Rangoon Lunatic Asylum 1878-1892 - 1878-1892
Year: 1878
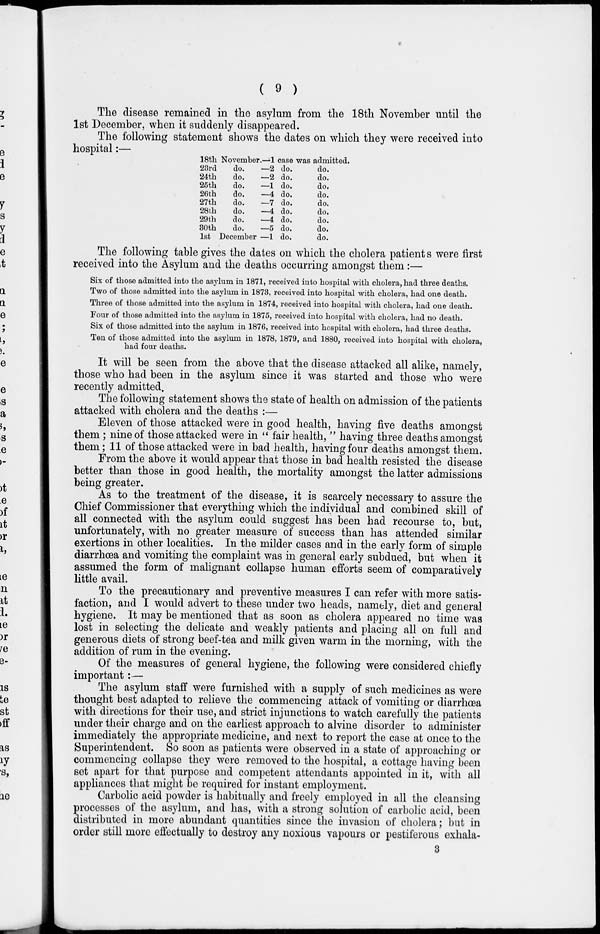
( 9 )
The disease remained in the asylum from the 18th November until the
1st December, when it suddenly disappeared.
The following statement shows the dates on which they were received into
hospital:—
18th November.
23rd
24th
25th
26th
27th
28th
29th
30th
do.
do.
do.
do.
do.
do.
do.
do.
1st December
—1 case was
—2 do.
—2 do.
—1 do.
—4 do.
—7 do.
—4 do.
—4 do.
—5 do.
—1 do.
admitted.
do.
do.
do.
do.
do.
do.
do.
do.
do.
The following table gives the dates on which the cholera patients were first
received into the Asylum and the deaths occurring amongst them:—
Six of those admitted into the asylum in 1871, received into hospital with cholera, had three deaths.
Two of those admitted into the asylum in 1873, received into hospital with cholera, had one death.
Three of those admitted into the asylum in 1874, received into hospital with cholera, had one death.
Four of those admitted into the asylum in 1875, received into hospital with cholera, had no death.
Six of those admitted into the asylum in 1876, received into hospital with cholera, had three deaths.
Ten of those admitted into the asylum in 1878, 1879, and 1880, received into hospital with cholera,
had four deaths.
It will be seen from the above that the disease attacked all alike, namely,
those who had been in the asylum since it was started and those who were
recently admitted.
The following statement shows the state of health on admission of the patients
attacked with cholera and the deaths :—
Eleven of those attacked were in good health, having five deaths amongst
them ; nine of those attacked were in " fair health, " having three deaths amongst
them; 11 of those attacked were in bad health, having four deaths amongst them.
From the above it would appear that those in bad health resisted the disease
better than those in good health, the mortality amongst the latter admissions
being greater.
As to the treatment of the disease, it is scarcely necessary to assure the
Chief Commissioner that everything which the individual and combined skill of
all connected with the asylum could suggest has been had recourse to, but,
unfortunately, with no greater measure of success than has attended similar
exertions in other localities. In the milder cases and in the early form of simple
diarrhœa and vomiting the complaint was in general early subdued, but when it
assumed the form of malignant collapse human efforts seem of comparatively
little avail.
To the precautionary and preventive measures I can refer with more satis-
faction, and I would advert to these under two heads, namely, diet and general
hygiene. It may be mentioned that as soon as cholera appeared no time was
lost in selecting the delicate and weakly patients and placing all on full and
generous diets of strong beef-tea and milk given warm in the morning, with the
addition of rum in the evening.
Of the measures of general hygiene, the following were considered chiefly
important:—
The asylum staff were furnished with a supply of such medicines as were
thought best adapted to relieve the commencing attack of vomiting or diarrhœa
with directions for their use, and strict injunctions to watch carefully the patients
under their charge and on the earliest approach to alvine disorder to administer
immediately the appropriate medicine, and next to report the case at once to the
Superintendent. So soon as patients were observed in a state of approaching or
commencing collapse they were removed to the hospital, a cottage having been
set apart for that purpose and competent attendants appointed in it, with all
appliances that might be required for instant employment.
Carbolic acid powder is habitually and freely employed in all the cleansing
processes of the asylum, and has, with a strong solution of carbolic acid, been
distributed in more abundant quantities since the invasion of cholera; but in
order still more effectually to destroy any noxious vapours or pestiferous exhala-
3